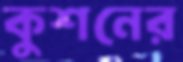
কুশনের